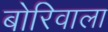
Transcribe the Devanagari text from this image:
बोरिवाला